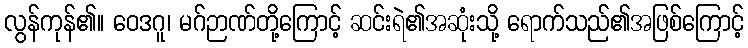
လွန်ကုန်၏။ ဝေဒဂူ၊ မဂ်ဉာဏ်တို့ကြောင့် ဆင်းရဲ၏အဆုံးသို့ ရောက်သည်၏အဖြစ်ကြောင့်